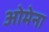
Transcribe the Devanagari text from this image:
ओमेना